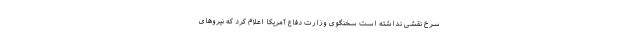
سرخ نقشی نداشته است سخنگوی وزارت دفاع آمریکا اعلام کرد که نیروهای